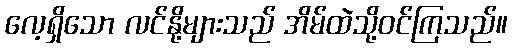
လေ့ရှိသော လင်နို့များသည် အိမ်ထဲသို့ဝင်ကြသည်။